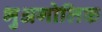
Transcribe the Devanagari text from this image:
भुअगोलिक